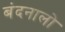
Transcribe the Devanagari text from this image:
बंदनालो